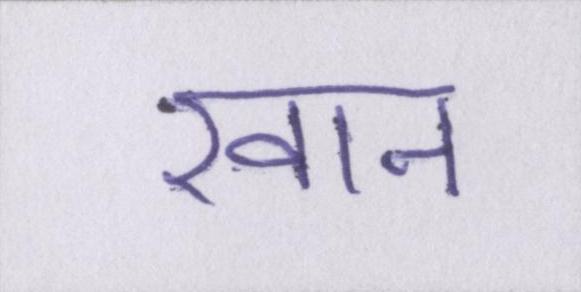
खान